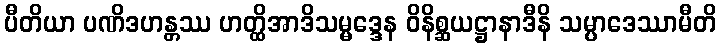
ပီတိယာ ပဏိဒဟန္တဿ ဟတ္ထိအာဒိသမ္မဒ္ဒေန ဝိနိစ္ဆယဋ္ဌာနာဒီနိ သမ္ပာဒေဿာမီတိ